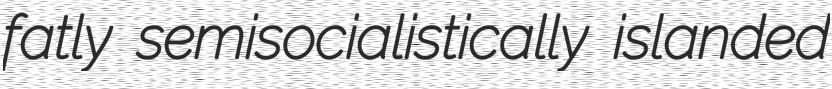
fatly semisocialistically islanded